Annual report of the Imperial Bacteriologist
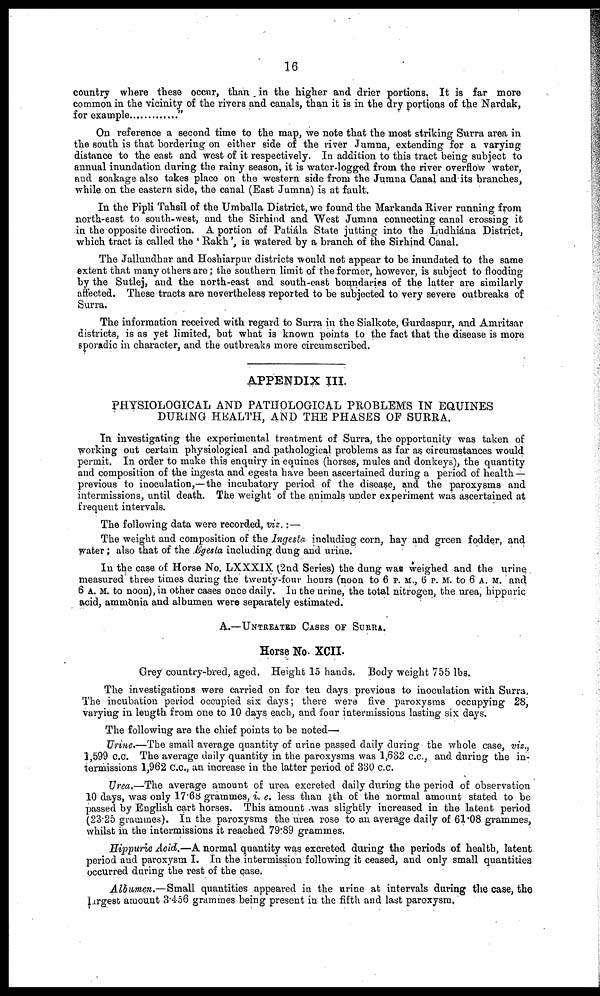
16
country where these occur, than in the higher and drier portions. It is far more
common in the vicinity of the rivers and canals, than it is in the dry portions of the Nardak,
for example
"
On reference a second time to the map, we note that the most striking Surra area in
the south is that bordering on either side of the river Jumna, extending for a varying
distance to the east and west of it respectively. In addition to this tract being subject to
annual inundation during the rainy season, it is water-logged from the river overflow water,
and soakage also takes place on the western side from the Jumna Canal and its branches,
while on the eastern side, the canal (East Jumna) is at fault.
In the Pipli Tahsil of the Umballa District, we found the Markanda River running from
north-east to south-west, and the Sirhind and West Jumna connecting canal crossing it
in the opposite direction. A portion of Patiála State jutting into the Ludhiána District,
which tract is called the ' Rakh', is watered by a branch of the Sirhind Canal.
The Jallundhar and Hoshiarpur districts would not appear to be inundated to the same
extent that many others are; the southern limit of the former, however, is subject to flooding
by the Sutlej, and the north-east and south-east boundaries of the latter are similarly
affected. These tracts are nevertheless reported to be subjected to very severe outbreaks of
Surra.
The information received with regard to Surra in the Sialkote, Gurdaspur, and Amritsar
districts, is as yet limited, but what is known points to the fact that the disease is more
sporadic in character, and the outbreaks more circumscribed.
APPENDIX III.
PHYSIOLOGICAL AND PATHOLOGICAL PROBLEMS IN EQUINES
DURING HEALTH, AND THE PHASES OF SURRA.
In investigating the experimental treatment of Surra, the opportunity was taken of
working out certain physiological and pathological problems as far as circumstances would
permit. In order to make this enquiry in equines (horses, mules and donkeys), the quantity
and composition of the ingesta and egesta have been ascertained during a period of health —
previous to inoculation,—the incubatory period of the disease, and the paroxysms and
intermissions, until death. The weight of the animals under experiment was ascertained at
frequent intervals.
The following data were recorded, viz.:—
The weight and composition of the Ingesta including corn, hay and green fodder, and
water; also that of the Egesta including dung and urine.
In the case of Horse No. LXXXIX (2nd Series) the dung was weighed and the urine
measured three times during the twenty-four hours (noon to 6 P.M., 6 P.M. to 6 A.M. and
6 A.M. to noon), in other cases once daily. In the urine, the total nitrogen, the urea, hippuric
acid, ammònia and albumen were separately estimated.
A.—UNTREATED CASES OF SURRA.
Horse No. XCII.
Grey country-bred, aged. Height 15 hands. Body weight 755 lbs.
The investigations were carried on for ten days previous to inoculation with Surra.
The incubation period occupied six days; there were five paroxysms occupying 28,
varying in length from one to 10 days each, and four intermissions lasting six days.
The following are the chief points to be noted—
Urine.—The small average quantity of urine passed daily during the whole case, viz.,
1,599 c.c. The average daily quantity in the paroxysms was 1,632 c.c., and during the in-
termissions 1,962 c.c., an increase in the latter period of 330 c.c.
Urea.—The average amount of urea excreted daily during the period of observation
10 days, was only 17.68 grammes, i. e. less than 1/5th of the normal amount stated to be
passed by English cart horses. This amount was slightly increased in the latent period
(23.25 grammes). In the paroxysms the urea rose to an average daily of 61.08 grammes,
whilst in the intermissions it reached 79.89 grammes.
Hippuric Acid.—A normal quantity was excreted during the periods of health, latent
period and paroxysm I. In the intermission following it ceased, and only small quantities
occurred during the rest of the case.
Albumen.—Small quantities appeared in the urine at intervals during the case, the
largest amount 3.456 grammes being present in the fifth and last paroxysm.